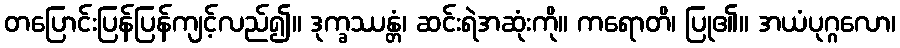
တပြောင်းပြန်ပြန်ကျင့်လည်၍။ ဒုက္ခဿန္တံ၊ ဆင်းရဲအဆုံးကို။ ကရောတိ၊ ပြု၏။ အယံပုဂ္ဂလော၊